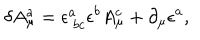
\delta A _ { \mu } ^ { a } = \epsilon _ { \ b c } ^ { a } \epsilon ^ { b } A _ { \mu } ^ { c } + \partial _ { \mu } \epsilon ^ { a } ,